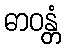
ဓာဝန္တံ